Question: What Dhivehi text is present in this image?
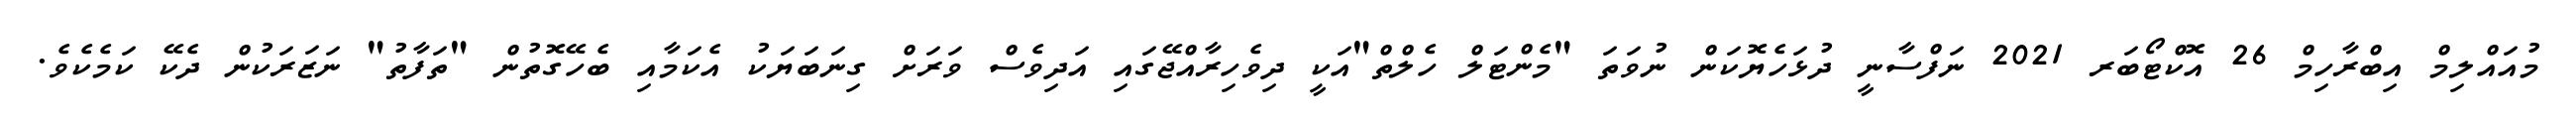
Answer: މުއައްލިމް އިބްރާހިމް 26 އޮކްޓޯބަރ 2021 ނަފްސާނީ ދުޅަހެޔޮކަން ނުވަތަ "މެންޓަލް ހެލްތް"އަކީ ދިވެހިރާއްޖޭގައި އަދިވެސް ވަރަށް ގިނަބަޔަކު އެކަމާއި ބެހޭގޮތުން "ތަފާތު" ނަޒަރަކުން ދެކޭ ކަމެކެވެ.